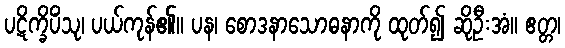
ပဋိက္ခိပိံသု၊ ပယ်ကုန်၏။ ပန၊ စောဒနာသောဓနာကို ထုတ်၍ ဆိုဦးအံ။ ဧတ္တ၊